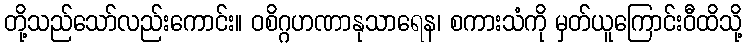
တို့သည်သော်လည်းကောင်း။ ဝစိဂ္ဂဟဏာနုသာရေန၊ စကားသံကို မှတ်ယူကြောင်းဝီထိသို့